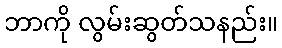
ဘာကို လွမ်းဆွတ်သနည်း။